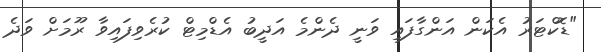
"ޑޮކްޓަރު އެކަން އަންގާފައި ވަނީ ދެންމެ އަދީބު އެޑްމިޓް ކުރެވިފައިވާ ރޫމަށް ވަދެ